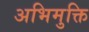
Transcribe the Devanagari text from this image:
अभिमुक्ति